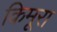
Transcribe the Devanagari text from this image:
किमूरा